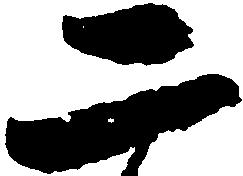
二